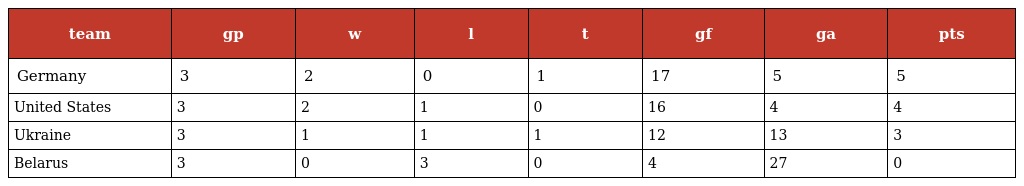
| team | gp | w | l | t | gf | ga | pts |
 | --- | --- | --- | --- | --- | --- | --- | --- |
 | Germany | 3 | 2 | 0 | 1 | 17 | 5 | 5 |
 | United States | 3 | 2 | 1 | 0 | 16 | 4 | 4 |
 | Ukraine | 3 | 1 | 1 | 1 | 12 | 13 | 3 |
 | Belarus | 3 | 0 | 3 | 0 | 4 | 27 | 0 |